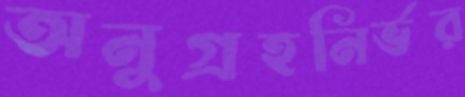
অনুগ্রহনির্ভর